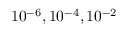
1 0 ^ { - 6 } , 1 0 ^ { - 4 } , 1 0 ^ { - 2 }